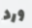
ورد